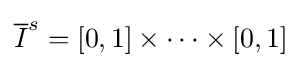
{\overline {I}}^{s}=[0,1]\times \cdots \times [0,1]